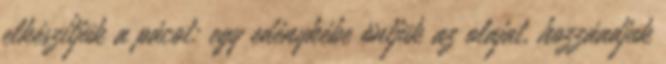
elkészítjük a pácot: egy edénykébe öntjük az olajat, hozzáadjuk